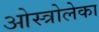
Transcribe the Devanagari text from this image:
ओस्त्रोलेका